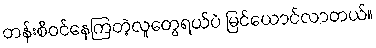
တန်းစီဝင်နေကြတဲ့လူတွေရယ်ပဲ မြင်ယောင်လာတယ်။